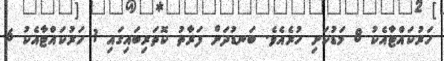
ހަރުކައްޓާއެކު 8 މަޑުކަށި ހުރެއެވެ. ބަނޑުދަށް ފަރާތު ކޮތަރިބައިގައި 1 ހަރުކައްޓާއެކު 6